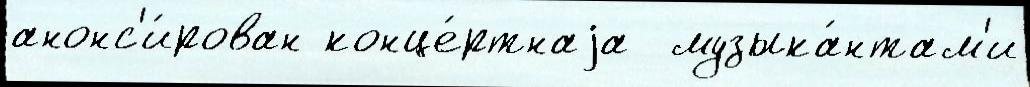
анонс'и́рован конце́ртнаjа  музыка́нтам'и